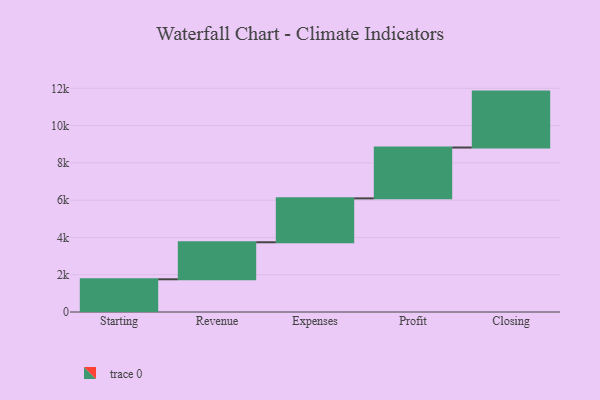
{"axis": {"x": "Step", "y": "Value"}, "legend": [""], "data": [{"x": "Starting", "y": 1755.0, "type": ""}, {"x": "Revenue", "y": 1986.0, "type": ""}, {"x": "Expenses", "y": 2355.0, "type": ""}, {"x": "Profit", "y": 2728.0, "type": ""}, {"x": "Closing", "y": 3000, "type": ""}]}